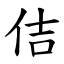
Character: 佶